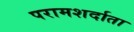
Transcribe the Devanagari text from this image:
परामशर्दाता